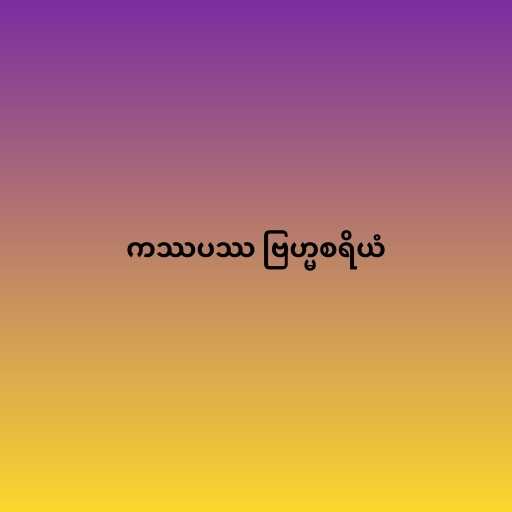
ကဿပဿ ဗြဟ္မစရိယံ